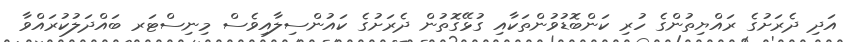
އަދި ދެރަށުގެ ރައްޔިތުންގެ ހުރި ކަންބޮޑުވުންތަކާއި ގުޅޭގޮތުން ދެރަށުގެ ކައުންސިލާއިވެސް މިނިސްޓަރ ބައްދަލުކުރައްވާ